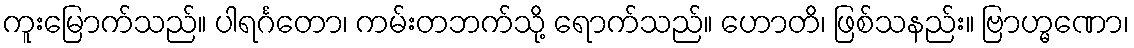
ကူးမြောက်သည်။ ပါရင်္ဂတော၊ ကမ်းတဘက်သို့ ရောက်သည်။ ဟောတိ၊ ဖြစ်သနည်း။ ဗြာဟ္မဏော၊